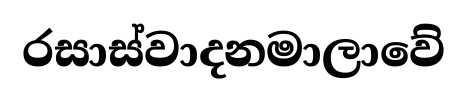
රසාස්වාදනමාලාවේ